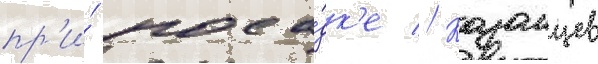
пр'и́ поса́дк'е // Казанцев